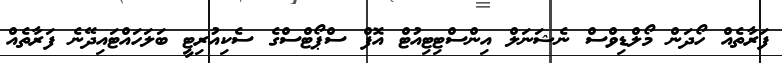
ފަރާތެއް ހޯދަން މޯލްޑިވްސް ނެޝަނަލް އިންސްޓިޓިއުޓް އޮފް ސްޕޯޓްސްގެ ސެކިއުރިޓީ ބަލަހައްޓައިދޭނެ ފަރާތެއް